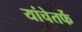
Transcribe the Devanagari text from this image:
यांचेतर्फे